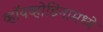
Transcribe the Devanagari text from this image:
व्हॉयव्होडिनामध्ये